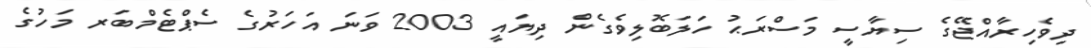
ދިވެހިރާއްޖޭގެ ސިޔާސީ މަސްރަޙު ހަލަބޮލިވެގެން ދިޔައީ 2003 ވަނަ އަހަރުގެ ސެޕްޓެމްބަރ މަހުގެ